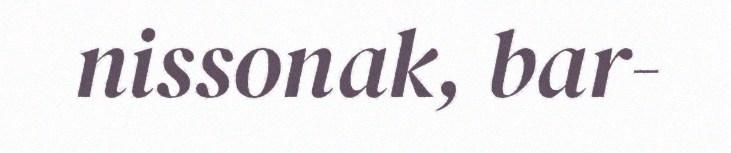
nissonak, bar-